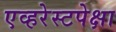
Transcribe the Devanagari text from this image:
एव्हरेस्टपेक्षा